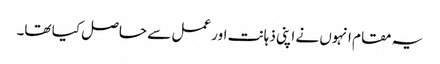
یہ مقام انہوں نے اپنی ذہانت اور عمل سے حاصل کیا تھا۔